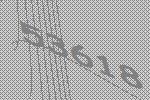
53618